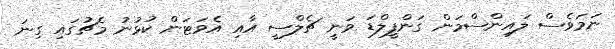
ނަމަވެސް ލައިންސްމަން ގަންފީލްޑަ ވަނީ ޗެލްސީ އާއި އެވަޓަން ކުޅުނު މެޗުގައި ގިނަ